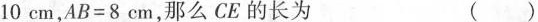
10cm，$$AB=8cm$$，那么CE的长为 （ ）